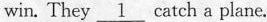
win. They \underline{1} catch a plane.